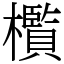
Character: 㰓